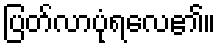
ပြတ်လာပုံရလေ၏။